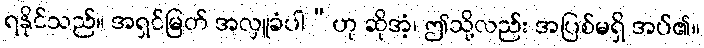
ရနိုင်သည်။ အရှင်မြတ် အလှူခံပါ”ဟု ဆိုအံ့၊ ဤသို့လည်း အပြစ်မရှိ အပ်၏။